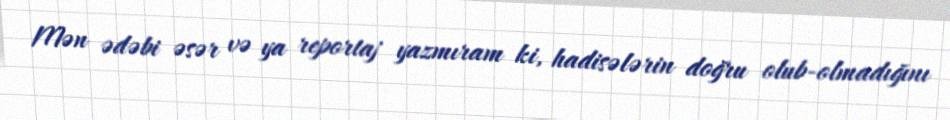
Mən ədəbi əsər və ya reportaj yazmıram ki, hadisələrin doğru olub-olmadığını